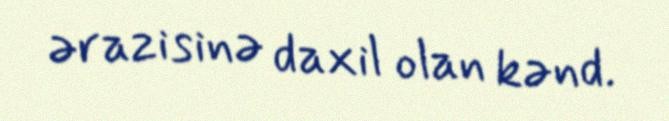
ərazisinə daxil olan kənd.